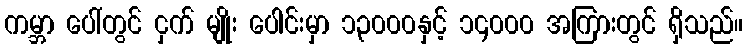
ကမ္ဘာ ပေါ်တွင် ငှက် မျိုး ပေါင်းမှာ ၁၃၀၀၀နှင့် ၁၄၀၀၀ အကြားတွင် ရှိသည်။